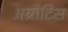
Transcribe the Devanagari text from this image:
अग्रोटिस